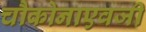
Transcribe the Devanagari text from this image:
चौकोनाएवजी